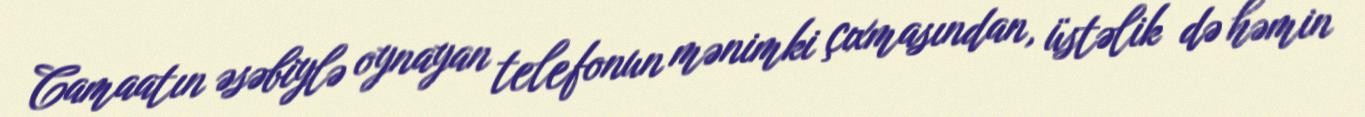
Camaatın əsəbiylə oynayan telefonun mənimki çıxmasından, üstəlik də həmin